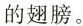
的翅膀。